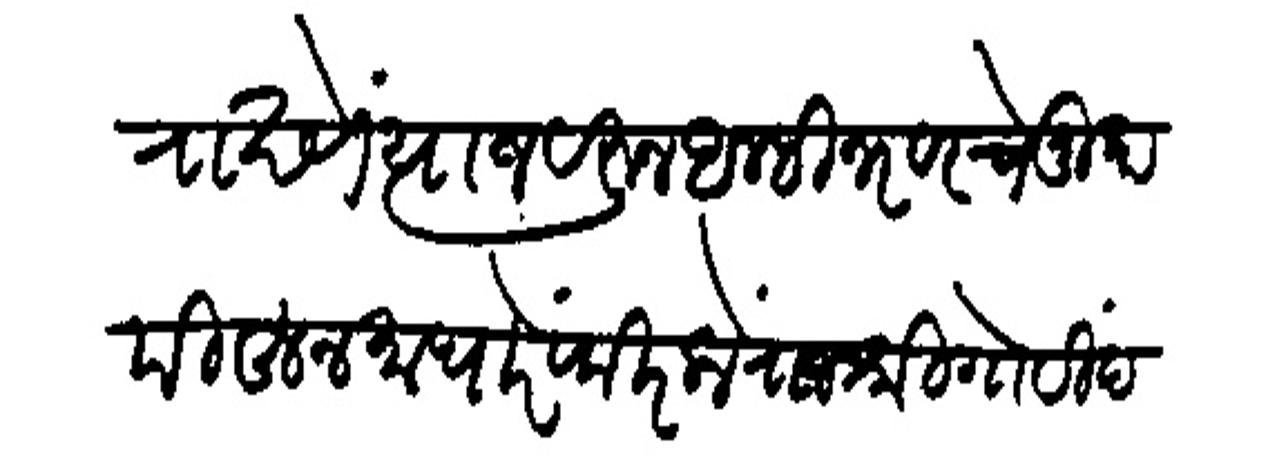
Transliteration (Devanagari): राखणे त्याजवरन अम्ही नरवरचे मुकामोहन माधारें फिरलों राजश्री गोविंद